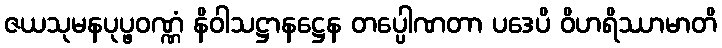
ဇယသုမနပုပ္ဖဝဏ္ဏံ နိဝါသဋ္ဌာနဋ္ဌေန တပ္ပေါဏတာ ပဒေပိ ဝိဟရိဿာမာတိ